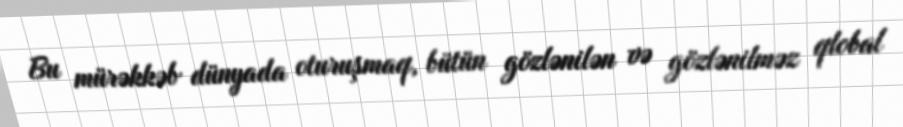
Bu mürəkkəb dünyada oturuşmaq, bütün gözlənilən və gözlənilməz qlobal